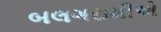
બલગરામીએ